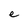
Character: e